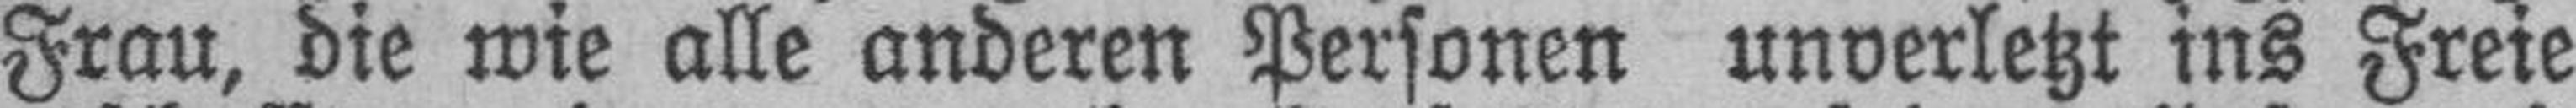
Frau, die wie alle anderen Personen unverletzt ins Freie